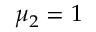
\mu _ { 2 } = 1